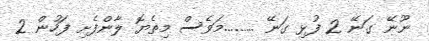
ނޫނޭ ގަނޭ 2 ފުޅި ގަނޭ .........މަވެސް މިތެޔޮ ލާންފެށި ފަހުން 2